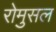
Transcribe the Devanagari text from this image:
रोमुसल